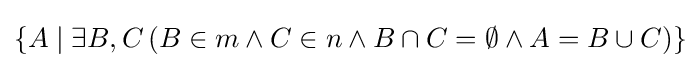
\{A\mid \exists B,C\,(B\in m\wedge C\in n\wedge B\cap C=\emptyset \wedge A=B\cup C)\}